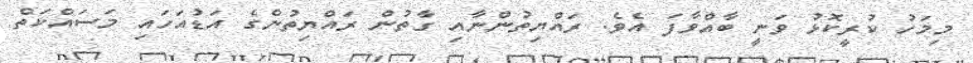
މިމަހު ކުރީކޮޅު ވަނީ ބާއްވާފަ އެވެ. ރައްޔިތުންނާއި ގާތުން ރައްޔިތުންގެ އަޑުއަހައި މަސައްކަތް